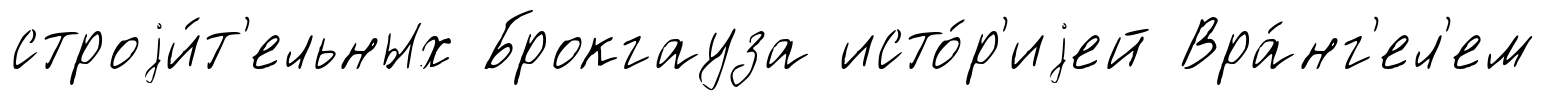
строjи́т'ельных Брокгауза исто́р'иjей Вра́нг'ел'ем